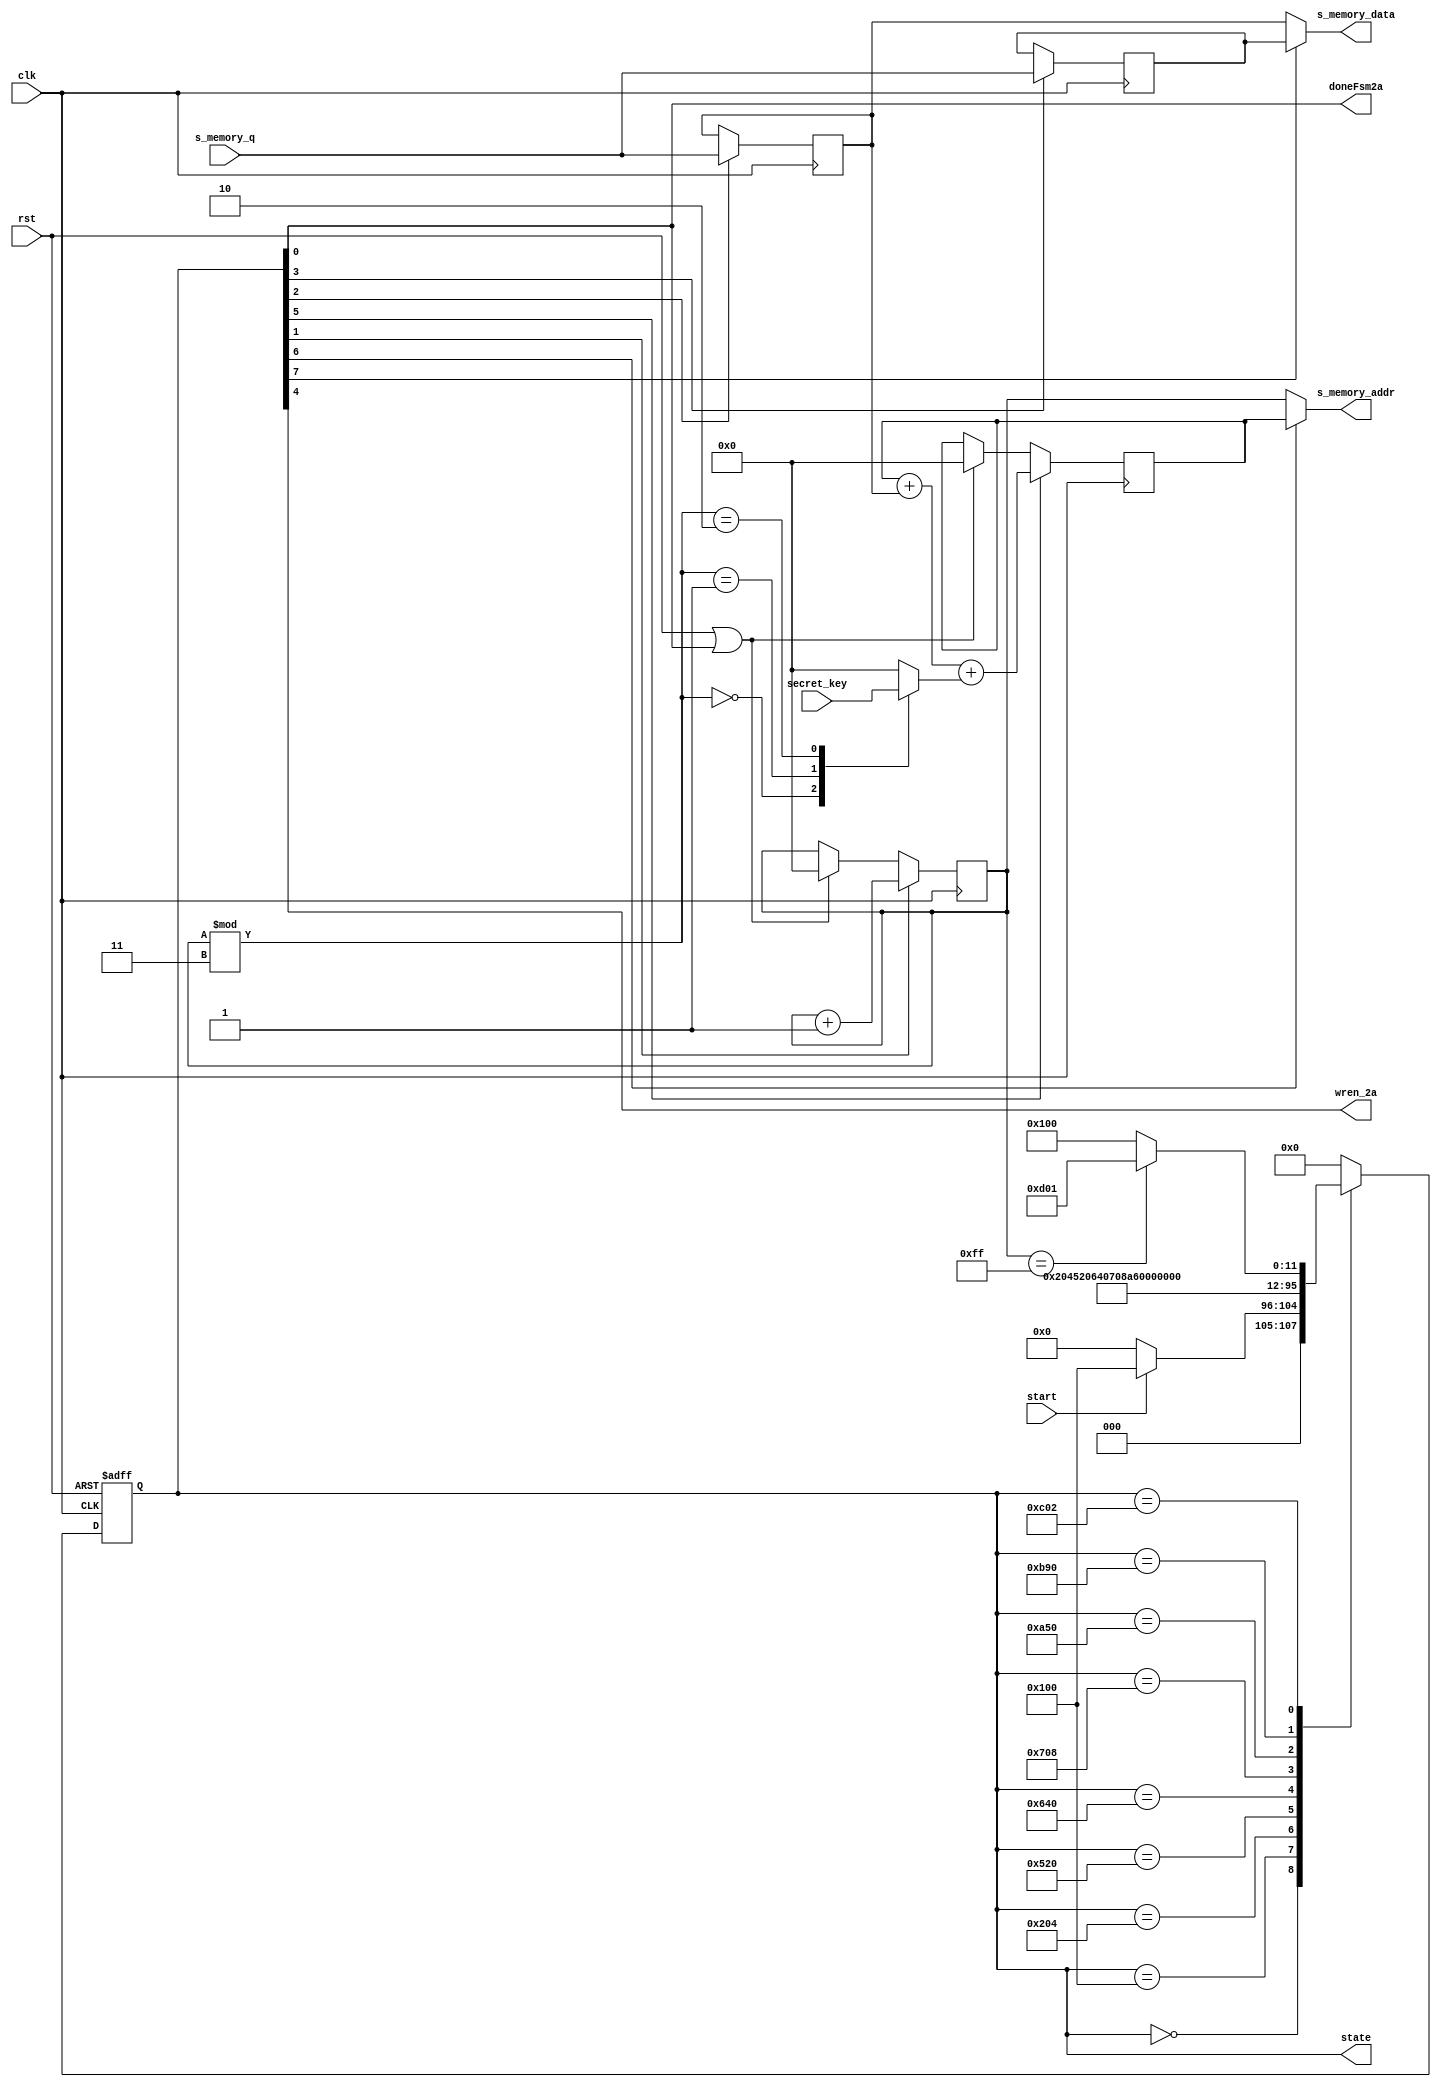

/*
// Input:
// secret_key [] : array of bytes that represent the secret key. In our implementation,
// we will assume a key of 24 bits, meaning this array is 3 bytes long
// encrypted_input []: array of bytes that represent the encrypted message. In our
// implementation, we will assume the input message is 32 bytes
// Output:
// decrypted _output []: array of bytes that represent the decrypted result. This will
// always be the same length as encrypted_input [].


// shuffle the array based on the secret key. You will build this in Task 2
j = 0
for i = 0 to 255 {
j = (j + s[i] + secret_key[i mod keylength] ) //keylength is 3 in our impl.
swap values of s[i] and s[j]
}


*/
module task2_shuffle (
    input clk,                                                                  //input clk
    input rst,                                                                  //input rst - ACTIVE LOW
    input [7:0] s_memory_q,                                                     //read_data from s_memory 
    input start,                                                                //signal to start FSM
    input [23:0] secret_key,                                                  //input secret key
    output doneFsm2a,                                                           //signal to say FSM done
    output wren_2a,                                                             //Write enable signal
    output  [7:0] s_memory_addr,                                                //provides input to s_memory of addr to read/write at
    output  [7:0] s_memory_data,                                                //provdes input to s_memory of data to write at
    output reg [11:0] state                                                     //state signal
);

    reg [1:0] indexSecretKey;
    reg [7:0] secret_key_data;

    reg [7:0] i = 8'b0;            
    reg [7:0] j = 8'b0;

    reg [7:0] si;
    reg [7:0] sj;

    

// j = (j + s[i] + secret_key[i mod keylength] ) //keylength is 3 in our impl.
// swap values of s[i] and s[j]

    /* State parameters */

    parameter idle          = 12'b0000_0000_0000;                               //idle state

    parameter setAddrI      = 12'b0001_0000_0000;                               //set address to i
    parameter getDataI      = 12'b0010_0000_0100;                               //read from address i and store in si



    parameter computeJ      = 12'b0101_0010_0000;                               //compute j

    parameter setAddrJ      = 12'b0110_0100_0000;                               //set address to j
    parameter getDataJ      = 12'b0111_0000_1000;                               //read from address j and store in sj


    parameter swap_iToj     = 12'b1010_0101_0000;                               //select address j and write s[i]
    parameter swap_jToi     = 12'b1011_1001_0000;                               //select address i and write s[j]

    parameter incrementI    = 12'b1100_0000_0010;                               //increment index
    parameter finished      = 12'b1101_0000_0001;                               //finshed!



    
    /* State logic*/
    always @(posedge clk, posedge rst) begin
        if (rst) state <= idle;
        else begin
            case (state)
                idle: if (start)             state <= setAddrI;                 //start once fsm taks1 done
                      else                   state <= idle;                     //stay if fsm task1 is not done

                setAddrI:                    state <= getDataI;                 //set i index 
                getDataI:                    state <= computeJ;                 //gets and store in s[i]
               
                computeJ:                    state <= setAddrJ;                 //compute swap index j
                setAddrJ:                    state <= getDataJ;                 //set j index 
                getDataJ:                    state <= swap_iToj;                //get data stored at j
                
                swap_iToj:                   state <= swap_jToi;                //swap data at i to j
                swap_jToi:                   state <= incrementI;               //swap data at j to i 

                incrementI: if (i == 8'd255) state <= finished;                 //go to finish if done swapping
                            else             state <= setAddrI;                 //keep swaping if not done
                finished:                    state <= idle;
                default:                     state <= idle;                     //set default state to idle
            endcase
        end
    end

/* Internal signal logic */

//compute indexSecretKey
    // always @(*) begin
    //     indexSecretKey = i % 8'd3;
    // end

//key position logic
    always @(*) begin
        case (i % 8'd3) //i % scret_key_length
            2'b00:   secret_key_data = secret_key [23:16];
            2'b01:   secret_key_data = secret_key [15:8];
            2'b10:   secret_key_data = secret_key [7:0];
            default: secret_key_data = 8'b0;
        endcase
    end

reg incI, updateJ;


//increment i
always @(posedge clk) begin
    if (incI)                 i <= i + 8'd1;
    else if (rst | doneFsm2a) i <= 0;
end

//update j
always @ (posedge clk) begin
    if (updateJ)                j <= j + si + secret_key_data;
    else if (rst | doneFsm2a)   j <= 0;
end



reg setSi, setSj;


//set si to s_memory_q
always @(posedge clk) begin
    if (setSi)      si <= s_memory_q;
end

//set sj to s_memory_q
always @(posedge clk) begin
    if (setSj)      sj <= s_memory_q;
end


reg sel_s_memory_address_j, sel_s_memory_data_sj;


/* Output logic*/
always@(*) begin
    
    incI                    = state[1];
    setSi                   = state[2];
    setSj                   = state[3];

    
    updateJ                 = state[5];
    sel_s_memory_address_j  = state[6];
    sel_s_memory_data_sj    = state[7];
end



//if statements seemed to cause issues - use ternary
assign s_memory_addr = sel_s_memory_address_j   ? j : i;
assign s_memory_data = sel_s_memory_data_sj     ? sj : si;
//do assign for below - ModelSim throws error otherwise
assign doneFsm2a               = state[0];
assign wren_2a                 = state[4];


endmodule